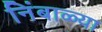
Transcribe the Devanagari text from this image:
निंबाळ्या